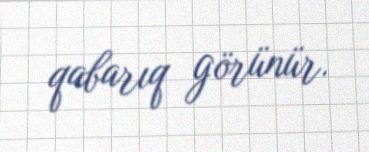
qabarıq görünür.